King Institute of Preventive Medicine Bacteriolog. Section reports 1907-08
Year: 1907
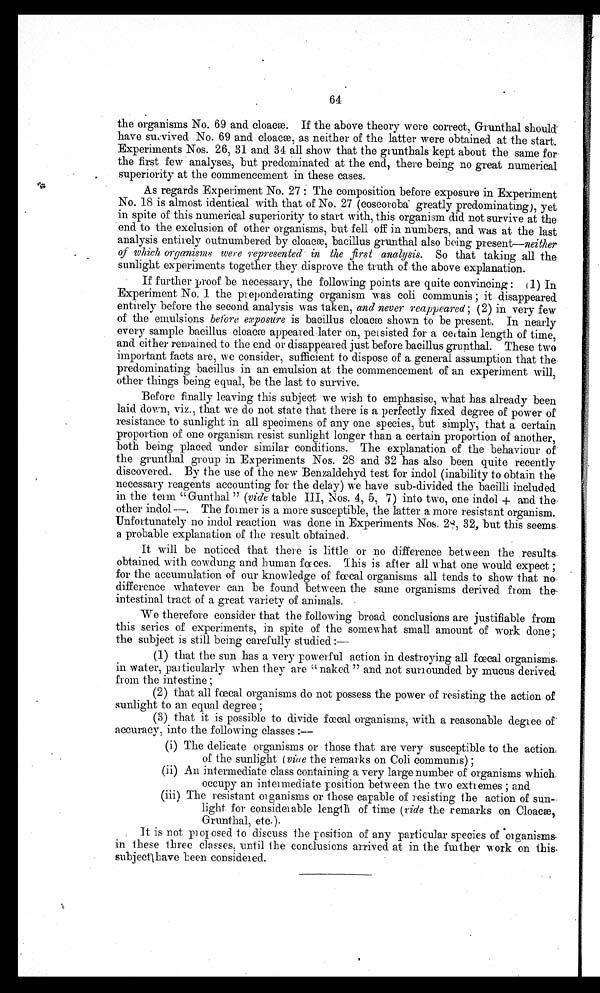
64
the organisms No. 69 and cloaæ. If the above theory were correct, Grunthal should
have survived No. 69 and cloaæ, as neither of the latter were obtained at the start.
Experiments Nos. 26, 31 and 34 all show that the grunthals kept about the same
f o r t h e f i r s t f e w a n a l y s e s , b u t p r e d o m i n a t e d a t t h e e n d , t h e r e b e i n g n o g r e a t n u m e r i c a l
superiority at the commencement in these cases.
As regards Experiment No. 27: The composition before exposure in Experiment
No. 18 is almost identical with that of No. 27 (coscoroba greatly predominating), yet
in spite of this numerical superiority to start with, this organism did not survive at the
e n d t o t h e e x c l u s i o n o f o t h e r o r g a n i s m s , b u t f e l l o f f i n n u m b e r s , a n d w a s a t t h e l a s t
analysis entirely outnumbered by cloacæ, bacillus grunthal also being present—neither
of which organisms were represented in the first analysis. So that taking all the
sunlight experiments together they disprove the truth of the above explanation.
If further proof be necessary, the following points are quite convincing: (1) in
Experiment No. 1 the preponderating organism was soli communis; it disappeared.
entirely before the second analysis was taken, and never reappeared; (2) in very few
of the emulsions before exposure is bacillus cloacæ shown to be present. In nearly
every sample bacillus cloacæ appeared later on, persisted for a certain length of time,
and either remained to the end or disappeared just before bacillus grunthal. These two
important facts are, we consider, sufficient to dispose of a general assumption that the-
predominating bacillus in an emulsion at the commencement of an experiment will,
other things being equal, be the last to survive.
Before finally leaving this subject we wish to emphasise, what has already been
laid down, viz., that we do not state that there is a perfectly fixed degree of power of
resistance to sunlight in all specimens of any one species, but simply, that a certain
proportion of one organism resist sunlight longer than a certain proportion of another,
both being placed under similar conditions. The explanation of the behaviour of
the grunthal group in Experiments Nos. 28 and 32 has also been quite recently
discovered. By the use of the new Benzaldehyd test for indol (inability to obtain the-
necessary reagents accounting for the delay) we have sub-divided the bacilli included
in the term "Gunthal" (vide table III, Nos. 4, 5, 7) into two, one indol + and the.
other indol—. The farmer is a more susceptible, the latter a more resistant organism.
Unfortunately no indol reaction was done in Experiments Nos. 28, 32, but this seems.
a probable explanation of the result obtained.
It will be noticed that there is little or no difference between the results..
obtained with cowdung and human faces. This is after all what one would expect;
for the accumulation of our knowledge of fecal organisms all tends to show that no
difference whatever can be found between the same organisms derived from
the intestinal tract of a great variety of animals.
We therefore consider that the following broad conclusions are justifiable from
this series of experiments, in spite of the somewhat small amount of work done;
the subject is still being carefully studied
: —
(1) that the sun has a very powerful action in destroying all fœcal organisms
in water, particularly when they are "naked" and not surrounded by mucus derived
from the intestine;
(2) that all fecal organisms do not possess the power of resisting the action of
sunlight to an equal degree;
(3) that it is possible to divide fcal organisms, with a reasonable degree
of accuracy, into the following classes:—
(i) The delicate organisms or those that are very susceptible to the action
of the sunlight (vide the remarks on Coli commums);
(ii) An intermediate class containing a very large number of organisms which
occupy an intermediate position between the two extremes; and
(iii) The resistant organisms or those capable of resisting the action of sun-
light for considerable length of time (vide the remarks on Cloacæ,
Grunthal, etc.).
It is not pr of osed to discuss the position of any particular species of organisms
in these three classes, until the conclusions arrived at in the further work on this
subject have been considered.